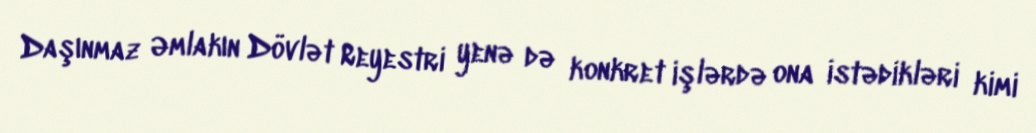
Daşınmaz Əmlakın Dövlət Reyestri yenə də konkret işlərdə ona istədikləri kimi